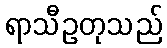
ရာသီဥတုသည်